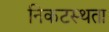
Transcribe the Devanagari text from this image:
निकटस्थता